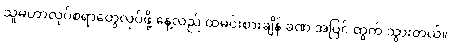
သူမဟာလုပ်စရာတွေလုပ်ဖို့ နေ့လည် ထမင်းစားချိန် ခဏ အပြင် ထွက် သွားတယ်။